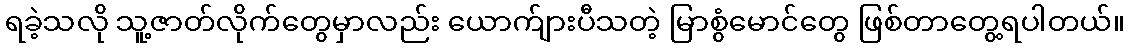
ရခဲ့သလို သူ့ဇာတ်လိုက်တွေမှာလည်း ယောက်ျားပီသတဲ့ မြာစွံမောင်တွေ ဖြစ်တာတွေ့ရပါတယ်။